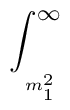
\int _{_{_{_{m^{2}_{1}}}}}^{\infty }\protect